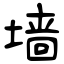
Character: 墙